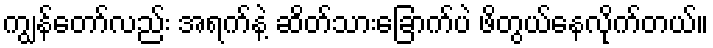
ကျွန်တော်လည်း အရက်နဲ့ ဆိတ်သားခြောက်ပဲ ဖိတွယ်နေလိုက်တယ်။